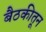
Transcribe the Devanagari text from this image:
बैठकीतून